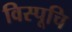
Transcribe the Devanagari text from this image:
विस्पूचि